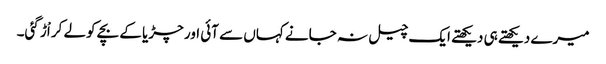
میرے دیکھتے ہی دیکھتے ایک چیل نہ جانے کہاں سے آئی اور چڑیا کے بچے کولے کر اْڑ گئی۔